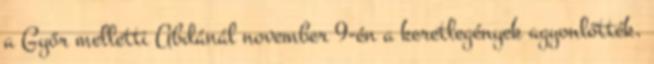
a Győr melletti Abdánál november 9-én a keretlegények agyonlőtték.